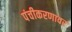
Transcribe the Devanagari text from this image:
पंचीकरणावर